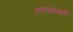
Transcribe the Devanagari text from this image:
हावभावही